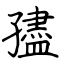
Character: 孻